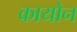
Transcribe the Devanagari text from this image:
कायोन